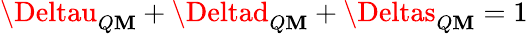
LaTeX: \Deltau_{Q\mathbf{M}}+\Deltad_{Q\mathbf{M}}+\Deltas_{Q\mathbf{M}}=1